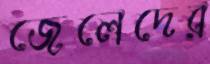
জেলেদের